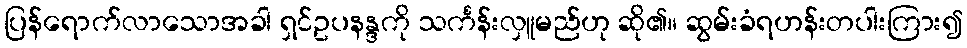
ပြန်ရောက်လာသောအခါ ရှင်ဥပနန္ဒကို သင်္ကန်းလှူမည်ဟု ဆို၏။ ဆွမ်းခံရဟန်းတပါးကြား၍